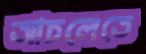
আচলেতে